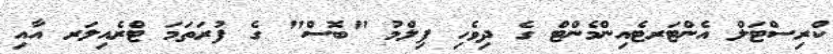
ކްރިސްޓަލް އެންޓަރޓެއިންމެންޓް ގެ ދިވެހި ފިލްމު "ބޮސް" ގެ ފުރަތަމަ ޓްރެއިލަރ އާއި